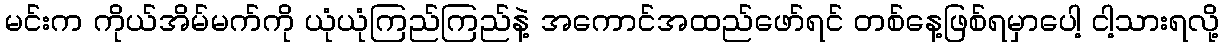
မင်းက ကိုယ်အိမ်မက်ကို ယုံယုံကြည်ကြည်နဲ့ အကောင်အထည်ဖော်ရင် တစ်နေ့ဖြစ်ရမှာပေါ့ ငါ့သားရလို့